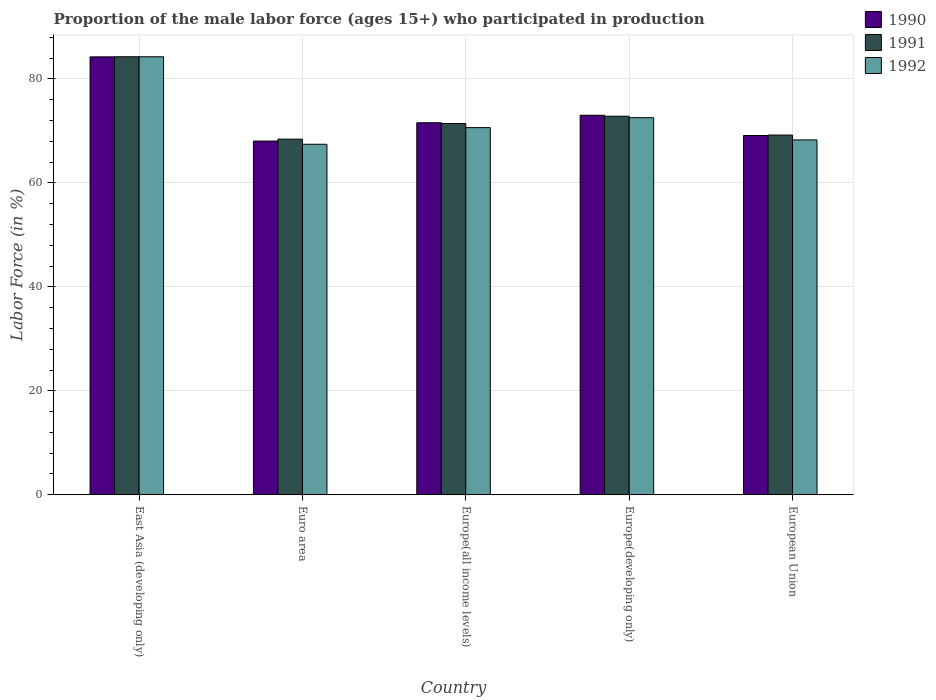
| Country | 1990 | 1991 | 1992 |
 | --- | --- | --- | --- |
 | East Asia (developing only) | 84.2 | 84.2 | 84.2 |
 | Euro area | 68 | 68.4 | 67.4 |
 | Europe(all income levels) | 71.6 | 71.4 | 70.6 |
 | Europe(developing only) | 73 | 72.8 | 72.5 |
 | European Union | 69.1 | 69.2 | 68.3 |